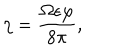
\eta = \frac { \Omega \epsilon \varphi } { 8 \pi } ,